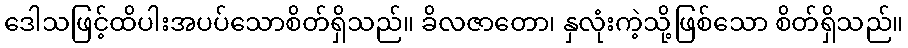
ဒေါသဖြင့်ထိပါးအပပ်သောစိတ်ရှိသည်။ ခိလဇာတော၊ နှလုံးကဲ့သို့ဖြစ်သော စိတ်ရှိသည်။